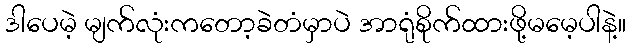
ဒါပေမဲ့ မျက်လုံးကတော့ခဲတံမှာပဲ အာရုံစိုက်ထားဖို့မမေ့ပါနဲ့။